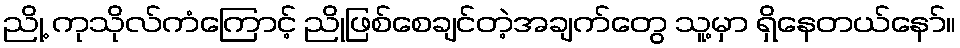
ညို့ ကုသိုလ်ကံကြောင့် ညိုဖြစ်စေချင်တဲ့အချက်တွေ သူ့မှာ ရှိနေတယ်နော်။